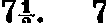
7½. 7